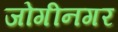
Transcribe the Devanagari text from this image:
जोगीनगर